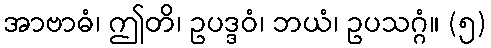
အာဗာဓံ၊ ဤတိ၊ ဥပဒ္ဒဝံ၊ ဘယံ၊ ဥပသဂ္ဂံ။ (၅)